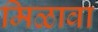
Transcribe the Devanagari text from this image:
मिळावा